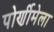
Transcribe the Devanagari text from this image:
पोर्णीमेला